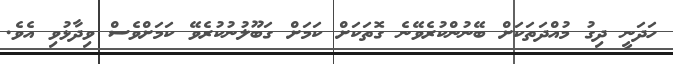
ހަދަނީ ދިގު މުއްދަތަކަށް ބޭނުންކުރެވޭނެ ގޮތަކަށް ކަމަށް ގަބޫލުނުކުރެވޭ ކަމަށްވެސް ވިދާޅުވި އެވެ.